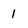
Character: l